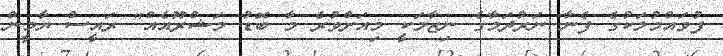
ފުވައްމުލަކުގެ ފެނާ ނަރުދަމާގެ ނިޒާމަކީ މިއަށްވުރެ މާ ބޮޑު މަޝްރޫއެއް" ރައީސް ޔާމީން